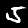
Digit: 5